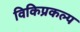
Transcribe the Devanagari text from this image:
विकिप्रकल्प